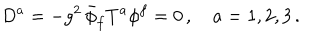
LaTeX: D ^ { a } = - g ^ { 2 } \, \bar { \phi } _ { f } T ^ { a } \phi ^ { f } = 0 \, , \quad a = 1 , 2 , 3 \, .